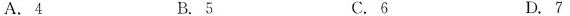
A. 4 B. 5 C. 6 D. 7